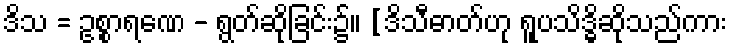
ဒိသ = ဥစ္စာရဏေ - ရွတ်ဆိုခြင်း၌။ [ဒိသီဓာတ်ဟု ရူပသိဒ္ဓိဆိုသည်ကား